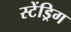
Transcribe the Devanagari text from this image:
स्टेंड्रिग